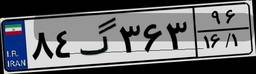
۷۸گ۰۶۳۹۲